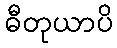
ဓီတုယာပိ